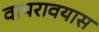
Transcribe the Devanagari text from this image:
वापरावयास